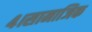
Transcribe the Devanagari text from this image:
४।सामाजिक